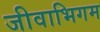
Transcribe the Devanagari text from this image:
जीवाभिगम